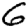
Digit: 6